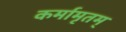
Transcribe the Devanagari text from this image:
कर्मामृतम्